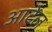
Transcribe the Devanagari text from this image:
आटेल